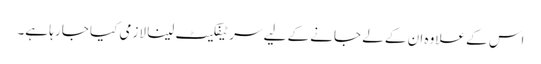
اس کے علاوہ ان کے لے جانے کے لیے سرٹیفکیٹ لینا لازمی کیا جا رہا ہے۔